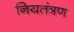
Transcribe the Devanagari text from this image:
नियतंत्रण